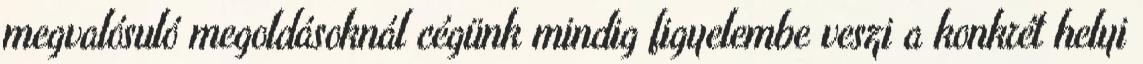
megvalósuló megoldásoknál cégünk mindig figyelembe veszi a konkrét helyi